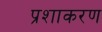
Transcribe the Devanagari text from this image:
प्रशाकरण